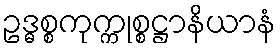
ဥဒ္ဓစ္စကုက္ကုစ္စဋ္ဌာနိယာနံ